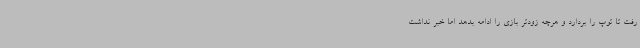
رفت تا توپ را بردارد و هرچه زودتر بازی را ادامه بدهد اما خبر نداشت